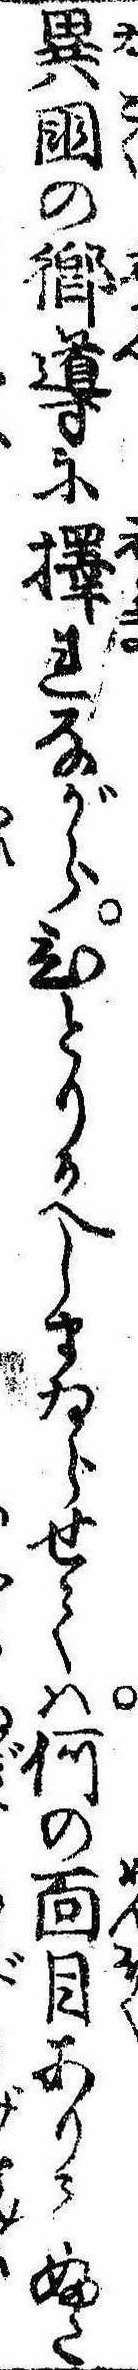
異国の郷導に択れながらひとりかへしまゐらせては何の面目ありてふた